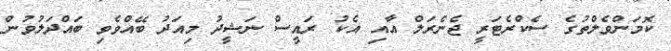
ކޮމަންވެލްތުގެ ސެކްރެޓަރީ ޖެނެރަލް އާއި އެކު ރައީސް ނަޝީދު މިއަދު ބޭއްވެވި ބައްދަލުވުން